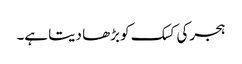
ہجرکی کسک کو بڑھا دیتا ہے۔